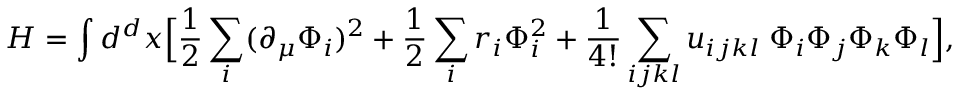
{ \cal H } = \int d ^ { d } x \Bigl [ { \frac { 1 } { 2 } } \sum _ { i } ( \partial _ { \mu } \Phi _ { i } ) ^ { 2 } + { \frac { 1 } { 2 } } \sum _ { i } r _ { i } \Phi _ { i } ^ { 2 } + { \frac { 1 } { 4 ! } } \sum _ { i j k l } u _ { i j k l } \; \Phi _ { i } \Phi _ { j } \Phi _ { k } \Phi _ { l } \Bigr ] ,